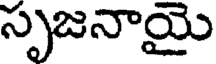
సృజనాయై